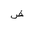
Letter: _dad